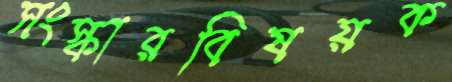
সংস্কারবিষয়ক